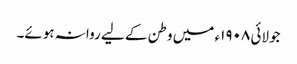
جولائی ١٩٠٨ء میں وطن کے لیے روانہ ہوئے۔